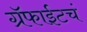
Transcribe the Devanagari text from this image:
ग्रॅफाईटचं